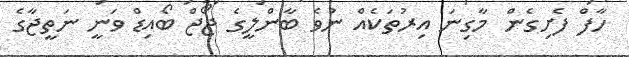
ހާފް ފެށިގެން މާގިނަ އިރުތަކެއް ނުވެ ބާންލީގެ ޖޯޖް ބޯއިޑް ވަނީ ނަތީޖާގެ